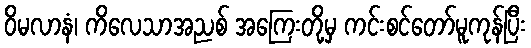
ဝိမလာနံ၊ ကိလေသာအညစ် အကြေးတို့မှ ကင်းစင်တော်မူကုန်ပြီး